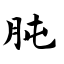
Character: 肫